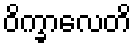
ဝိက္ခာလေတိ